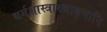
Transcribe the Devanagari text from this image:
धर्मशास्त्राख्याङ्गानि